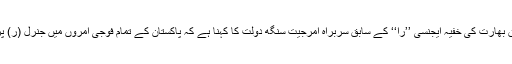
قومی اخبار کی ایک رپورٹ کے مطابق بھارت کی خفیہ ایجنسی ’’را‘‘ کے سابق سربراہ امرجیت سنگھ دولت کا کہنا ہے کہ پاکستان کے تمام فوجی آمروں میں جنرل (ر) پرویزمشرف بھارت کیلئے بہترین رہے۔